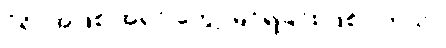
ပုံရိပ်အဖြစ် အရင် တွေ့ မြင်ရခြင်း ဖြစ်ပါတယ်။